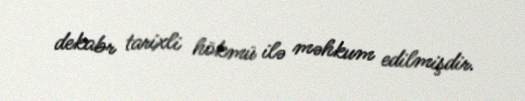
dekabr tarixli hökmü ilə məhkum edilmişdir.